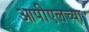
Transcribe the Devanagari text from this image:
आपीएलच्या